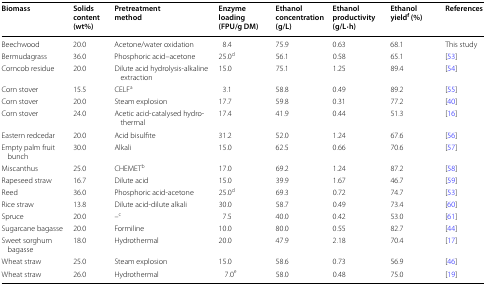
<table><thead><tr><td><b>Biomass</b></td><td><b>Solids content (wt%)</b></td><td><b>Pretreatment method</b></td><td><b>Enzyme loading (FPU/g DM)</b></td><td><b>Ethanol concentration (g/L)</b></td><td><b>Ethanol productivity (g/L·h)</b></td><td><b>Ethanol yield<sup>f</sup> (%)</b></td><td><b>References</b></td></tr></thead><tbody><tr><td>Beechwood</td><td>20.0</td><td>Acetone/water oxidation</td><td>8.4</td><td>75.9</td><td>0.63</td><td>68.1</td><td>This study</td></tr><tr><td>Bermudagrass</td><td>36.0</td><td>Phosphoric acid–acetone</td><td>25.0<sup>d</sup></td><td>56.1</td><td>0.58</td><td>65.1</td><td>[53]</td></tr><tr><td>Corncob residue</td><td>20.0</td><td>Dilute acid hydrolysis-alkaline extraction</td><td>15.0</td><td>75.1</td><td>1.25</td><td>89.4</td><td>[54]</td></tr><tr><td>Corn stover</td><td>15.5</td><td>CELF<sup>a</sup></td><td>3.1</td><td>58.8</td><td>0.49</td><td>89.2</td><td>[55]</td></tr><tr><td>Corn stover</td><td>20.0</td><td>Steam explosion</td><td>17.7</td><td>59.8</td><td>0.31</td><td>77.2</td><td>[40]</td></tr><tr><td>Corn stover</td><td>24.0</td><td>Acetic acid-catalysed hydrothermal</td><td>17.4</td><td>41.9</td><td>0.44</td><td>51.3</td><td>[16]</td></tr><tr><td>Eastern redcedar</td><td>20.0</td><td>Acid bisulfite</td><td>31.2</td><td>52.0</td><td>1.24</td><td>67.6</td><td>[56]</td></tr><tr><td>Empty palm fruit bunch</td><td>30.0</td><td>Alkali</td><td>15.0</td><td>62.5</td><td>0.66</td><td>70.6</td><td>[57]</td></tr><tr><td>Miscanthus</td><td>25.0</td><td>CHEMET<sup>b</sup></td><td>17.0</td><td>69.2</td><td>1.24</td><td>87.2</td><td>[58]</td></tr><tr><td>Rapeseed straw</td><td>16.7</td><td>Dilute acid</td><td>15.0</td><td>39.9</td><td>1.67</td><td>46.7</td><td>[59]</td></tr><tr><td>Reed</td><td>36.0</td><td>Phosphoric acid-acetone</td><td>25.0<sup>d</sup></td><td>69.3</td><td>0.72</td><td>74.7</td><td>[53]</td></tr><tr><td>Rice straw</td><td>13.8</td><td>Dilute acid-dilute alkali</td><td>30.0</td><td>58.7</td><td>0.49</td><td>73.4</td><td>[60]</td></tr><tr><td>Spruce</td><td>20.0</td><td>–<sup>c</sup></td><td>7.5</td><td>40.0</td><td>0.42</td><td>53.0</td><td>[61]</td></tr><tr><td>Sugarcane bagasse</td><td>20.0</td><td>Formiline</td><td>10.0</td><td>80.0</td><td>0.55</td><td>82.7</td><td>[44]</td></tr><tr><td>Sweet sorghum bagasse</td><td>18.0</td><td>Hydrothermal</td><td>20.0</td><td>47.9</td><td>2.18</td><td>70.4</td><td>[17]</td></tr><tr><td>Wheat straw</td><td>25.0</td><td>Steam explosion</td><td>15.0</td><td>58.6</td><td>0.73</td><td>56.9</td><td>[46]</td></tr><tr><td>Wheat straw</td><td>26.0</td><td>Hydrothermal</td><td>7.0<sup>e</sup></td><td>58.0</td><td>0.48</td><td>75.0</td><td>[19]</td></tr></tbody></table>